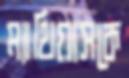
ম্যাথিয়াসকে